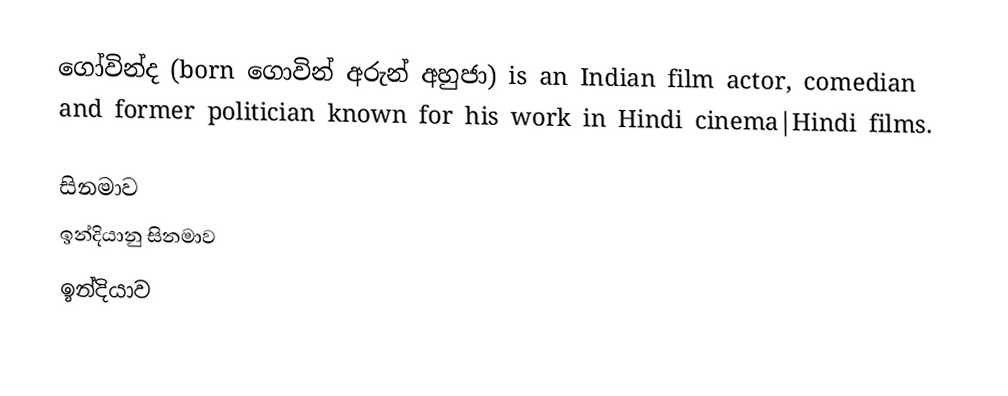
ගෝවින්ද (born ගොවින් අරුන් අහුජා) is an Indian film actor, comedian and former politician known for his work in Hindi cinema|Hindi films.

සිනමාව
ඉන්දියානු සිනමාව
ඉන්දියාව